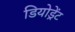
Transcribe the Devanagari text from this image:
डियोड्रेंट